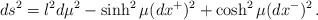
\begin{align*}ds^2 = l^2 d\mu^2 - \sinh^2\mu (dx^+)^2 + \cosh^2\mu (dx^-)^2\,.\end{align*}